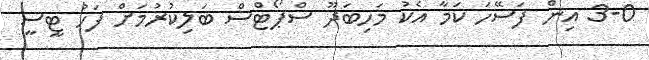
3-0 އިން ފަސޭހަ ކަމާ އެކު މަހިބަދޫ ސްޕޯޓްސް ބަލިކުރުމަށް ފަހު ޓީސީ